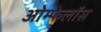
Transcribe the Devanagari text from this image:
ओम्फेलॉस